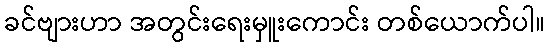
ခင်ဗျားဟာ အတွင်းရေးမှူးကောင်း တစ်ယောက်ပါ။